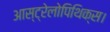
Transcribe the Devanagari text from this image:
आस्ट्रेलोपिथिक्स।